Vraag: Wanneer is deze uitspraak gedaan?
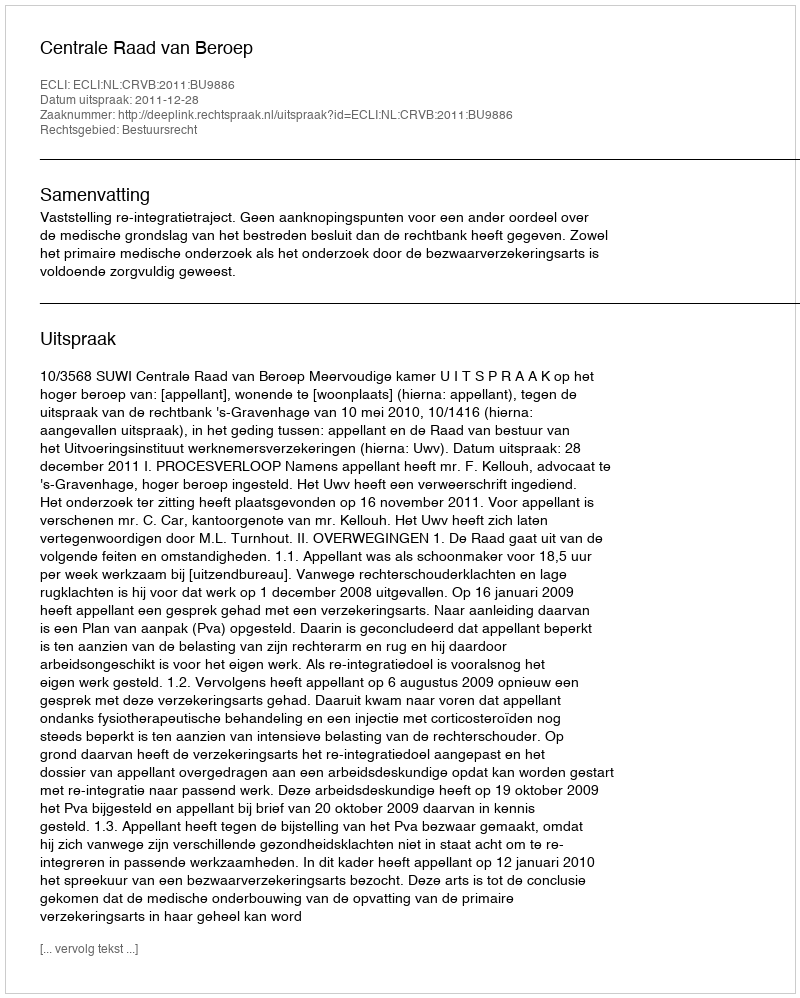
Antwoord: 2011-12-28